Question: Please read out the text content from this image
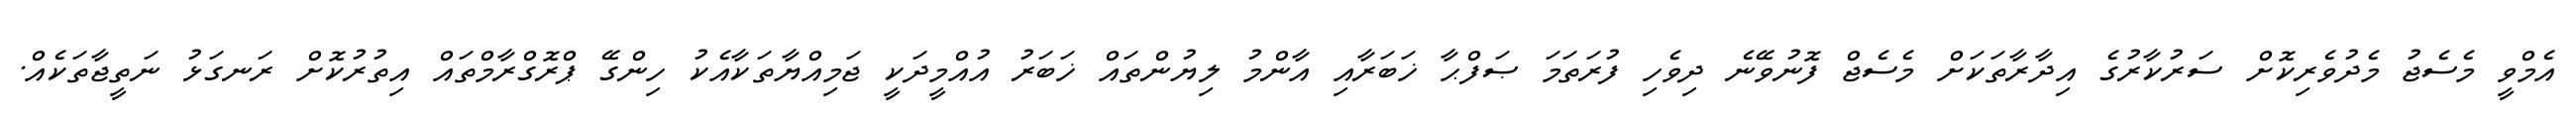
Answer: އެމްވީ މެސެޖު މެދުވެރިކޮށް ސަރުކާރުގެ އިދާރާތަކަށް މެސެޖް ފޮނުވޭނެ ދިވެހި ފުރަތަމަ ޞަފްޙާ ޚަބަރާއި އާންމު ލިޔުންތައް ޚަބަރު އުއްމީދަކީ ޖަމިއްޔާތަކާއެކު ހިންގޭ ޕްރޮގްރާމްތައް އިތުރުކޮށް ރަނގަޅު ނަތީޖާތަކެއް.